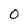
Character: 0